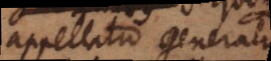
appellatio generalius